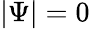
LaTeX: |\Psi|=0